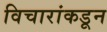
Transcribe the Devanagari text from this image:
विचारांकडून